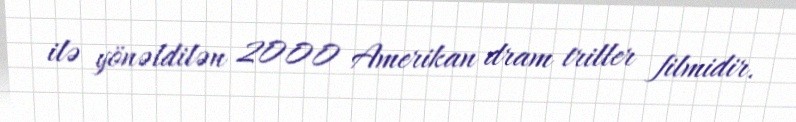
ilə yönəldilən 2000 Amerikan dram triller filmidir.